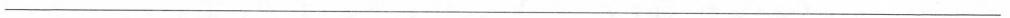
___